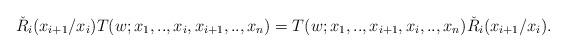
LaTeX: \begin{align*}\check{R}_{i}(x_{i+1}/x_i)T(w;x_1,..,x_i,x_{i+1},..,x_n)=T(w;x_1,..,x_{i+1},x_{i},..,x_n)\check{R}_{i}(x_{i+1}/x_i).\end{align*}